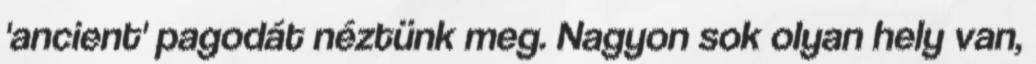
'ancient' pagodát néztünk meg. Nagyon sok olyan hely van,